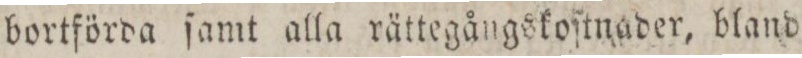
bortförda ſamt alla rättegångskoſtnader, bland